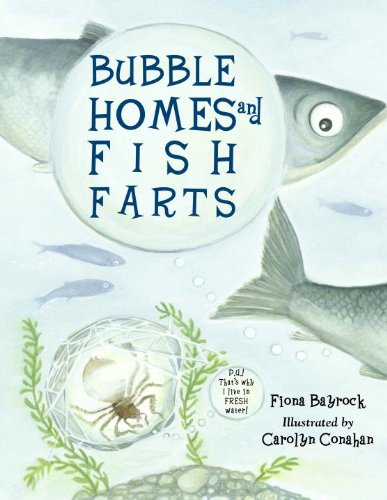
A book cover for Bubble Homes and Fish FaRTs (Junior Library Guild Selection); Fiona Bayrock; Humor & Entertainment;